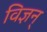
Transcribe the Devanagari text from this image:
विज्ञन्